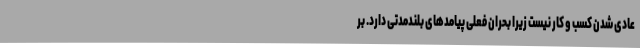
عادی شدن کسب و کار نیست زیرا بحران فعلی پیامدهای بلندمدتی دارد. بر